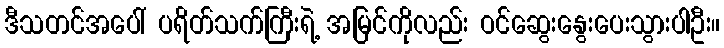
ဒီသတင်အပေါ် ပရိတ်သက်ကြီးရဲ့ အမြင်ကိုလည်း ဝင်ဆွေးနွေးပေးသွားပါဦး။